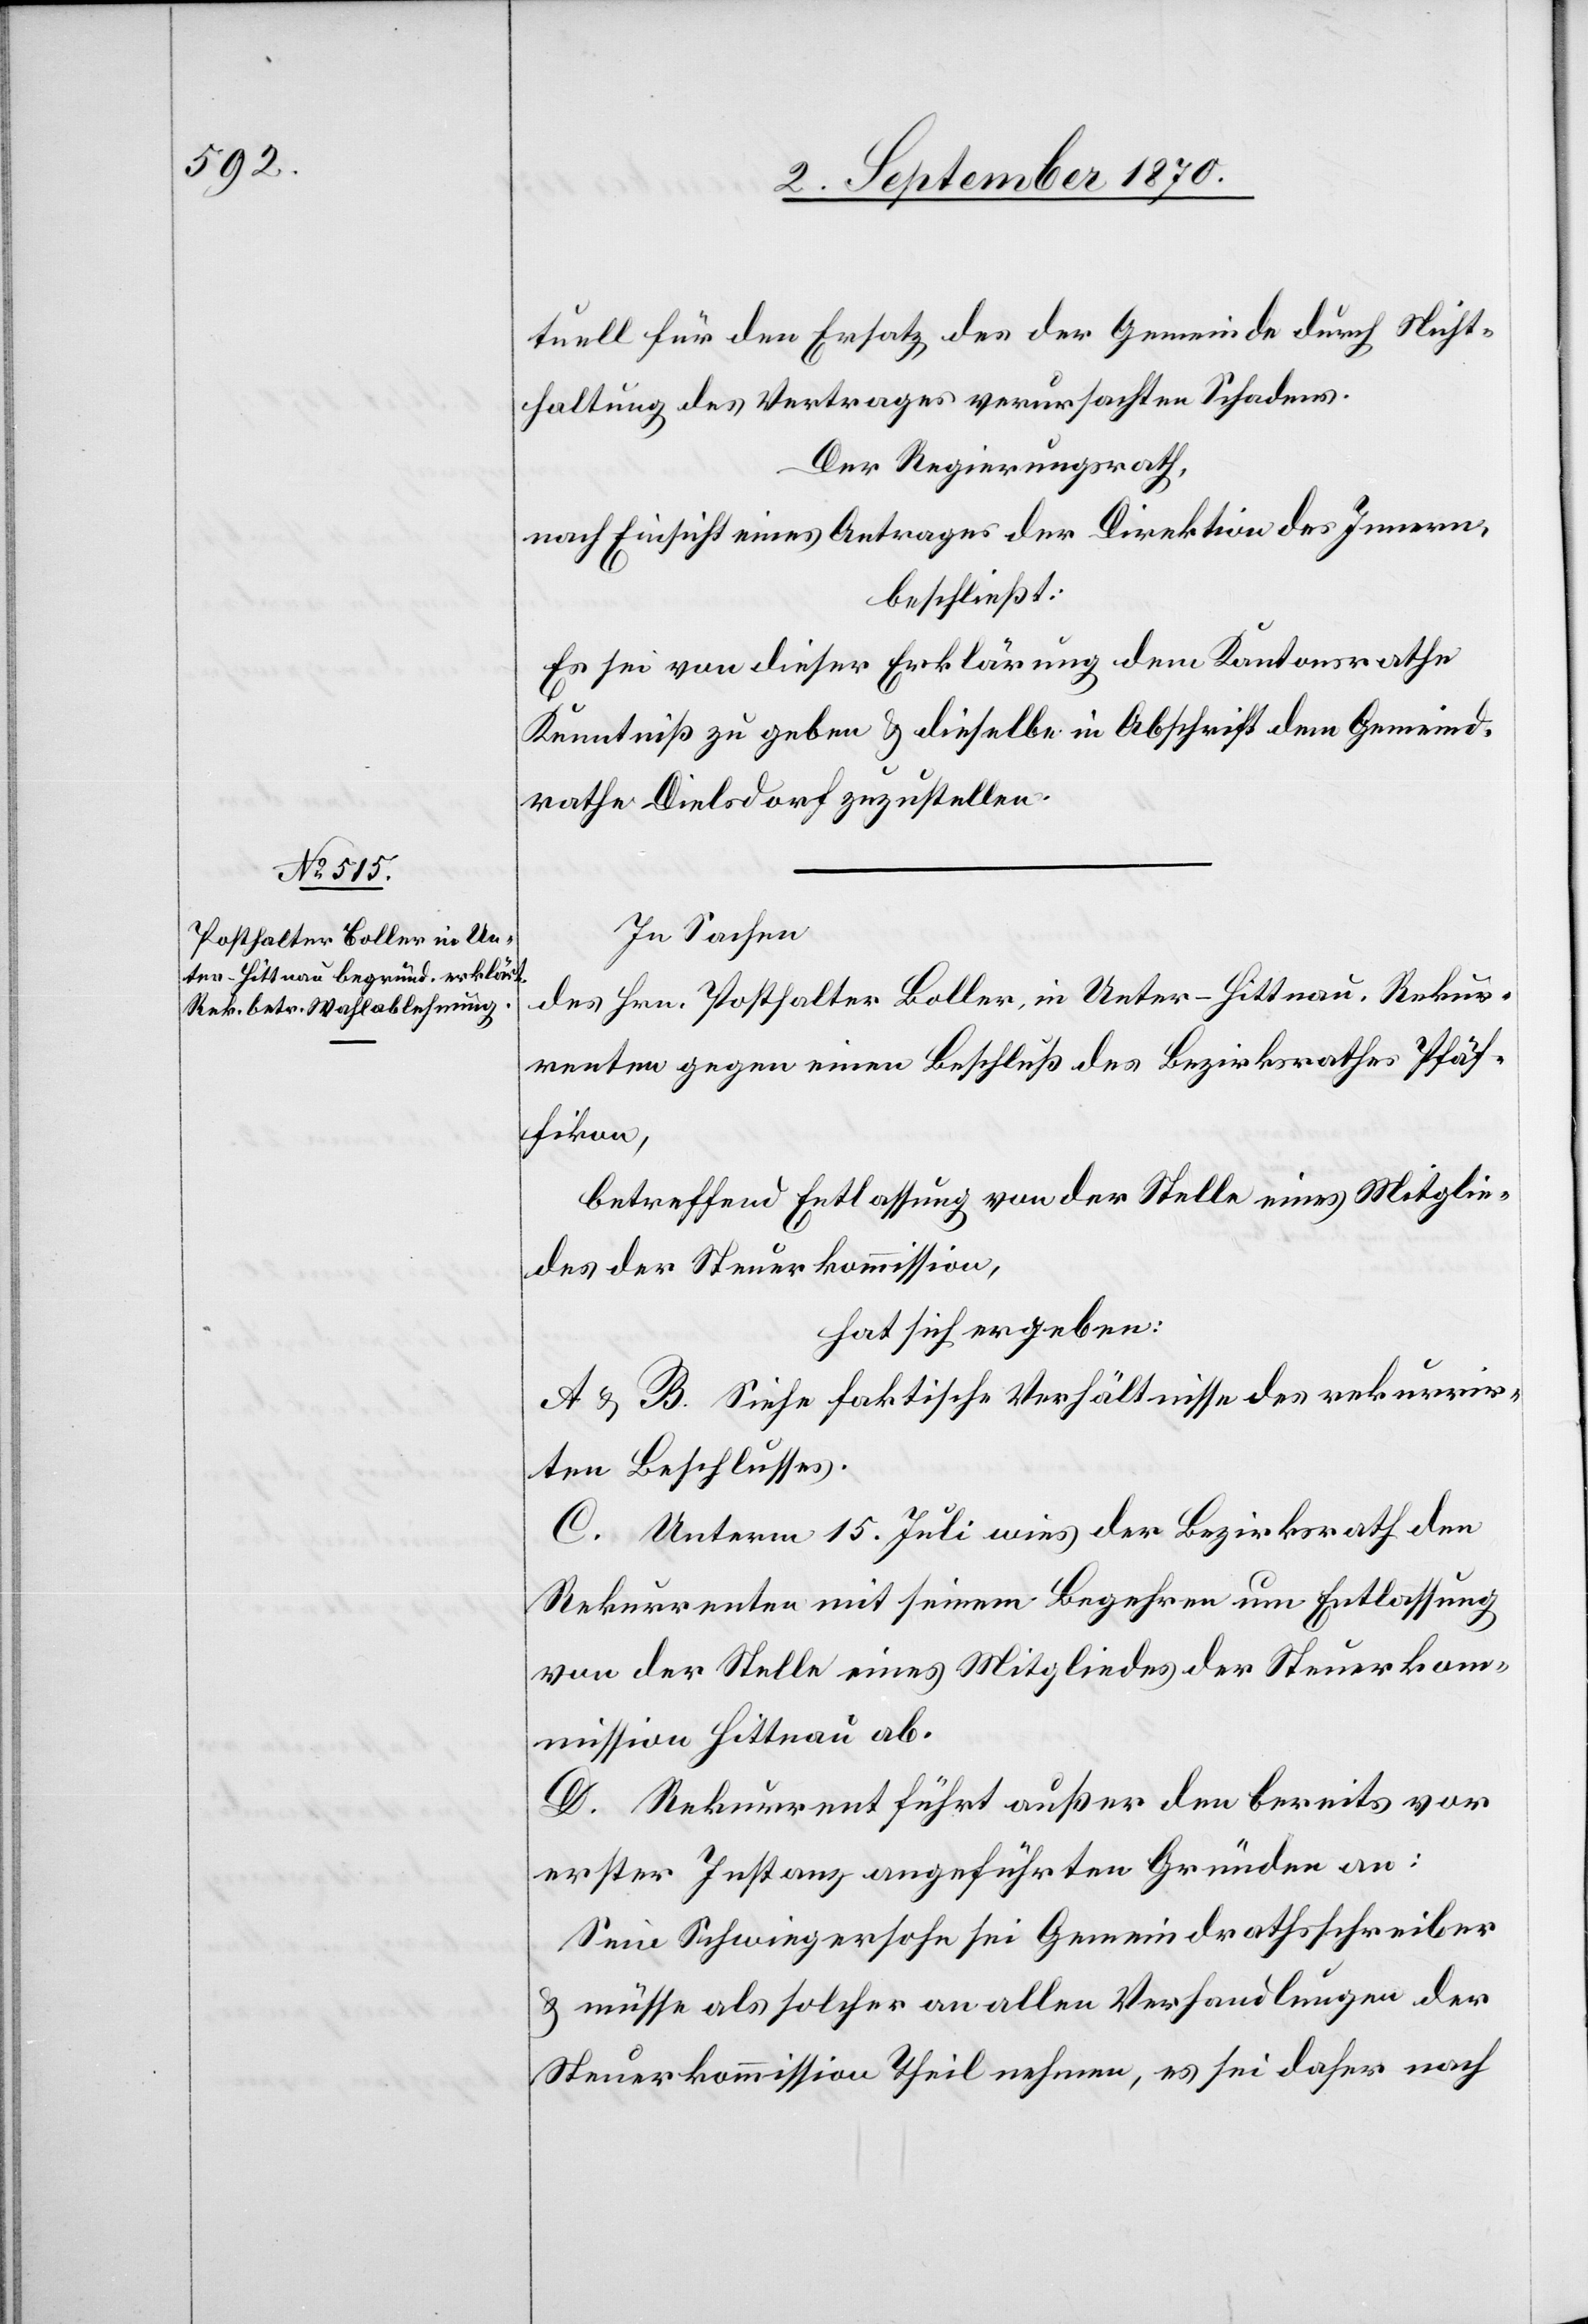
tuell für den Ersatz des der Gemeinde durch Nicht¬
haltung des Vertrages verursachten Schadens.
Der Regierungsrath,
nach Einsicht eines Antrages der Direktion des Innern,
beschließt:
Es sei von dieser Erklärung dem Kantonsrathe
Kenntniß zu geben & dieselbe in Abschrift dem Gemeind¬
rathe Dielsdorf zuzustellen.
In Sachen
des Hrn. Posthalter Boller in Unter-Hittnau, Rekur¬
renten gegen einen Beschluß des Bezirksrathes Pfäf¬
fikon,
betreffend Entlassung von der Stelle eines Mitglie¬
des der Steuerkommission,
hat sich ergeben:
A & B. Siehe faktische Verhältnisse des rekurrir¬
ten Beschlusses.
C. Unterm 15. Juli wies der Bezirksrath den
Rekurrenten mit seinem Begehren um Entlassung
von der Stelle eines Mitgliedes der Steuerkom¬
mission Hittnau ab.
D. Rekurrent führt außer den bereits vor
erster Instanz angeführten Gründen an:
Sein Schwiegersohn sei Gemeindrathsschreiber
& müsse als solcher an allen Verhandlungen der
Steuerkommission Theil nehmen, es sei daher nach